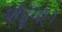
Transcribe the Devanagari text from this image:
बाँधूँगा।